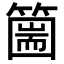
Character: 𥳙